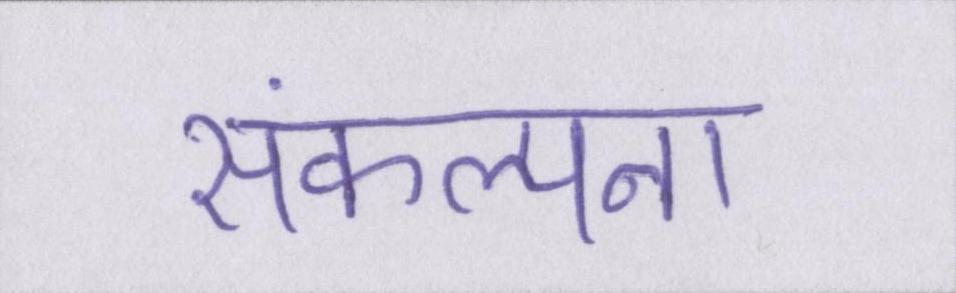
संकल्पना